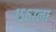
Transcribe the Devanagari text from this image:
१५६७ला